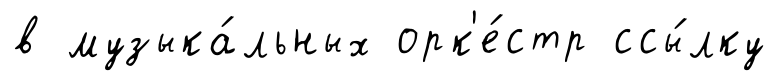
в музыка́льных орк'е́стр ссы́лку